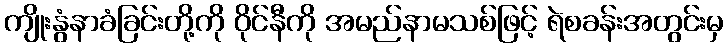
ကျိုးနွံနာခံခြင်းတို့ကို ဝိုင်နီကို အမည်နာမသစ်ဖြင့် ရဲစခန်းအတွင်းမှ